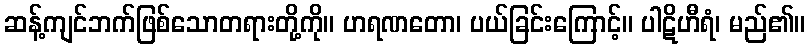
ဆန့်ကျင်ဘက်ဖြစ်သောတရားတို့ကို။ ဟရဏတော၊ ပယ်ခြင်းကြောင့်။ ပါဋိဟီရံ၊ မည်၏။